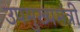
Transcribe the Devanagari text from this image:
उपमुख्‍यमंत्री